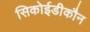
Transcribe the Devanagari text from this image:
सिकोईडीकौन